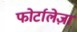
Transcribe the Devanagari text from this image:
फोर्टालेज़ा